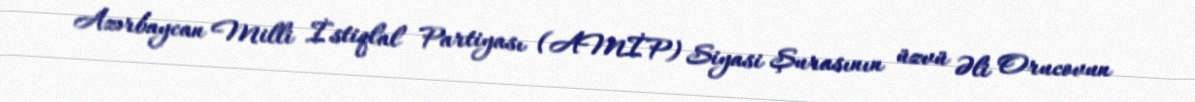
Azərbaycan Milli İstiqlal Partiyası (AMİP) Siyasi Şurasının üzvü Əli Orucovun